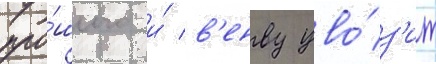
про́шлого и́ в'енву уво́з'ит